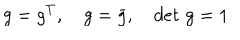
g = g ^ { T } , \quad g = \bar { g } , \quad d e t \, \, g = 1